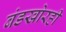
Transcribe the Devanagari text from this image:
बंडखोरही